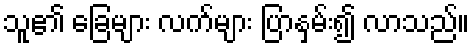
သူ၏ ခြေများ လက်များ ပြာနှမ်း၍ လာသည်။